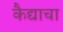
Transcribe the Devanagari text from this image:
कैद्याचा